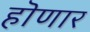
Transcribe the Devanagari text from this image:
हॊणार